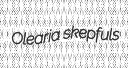
Olearia skepfuls